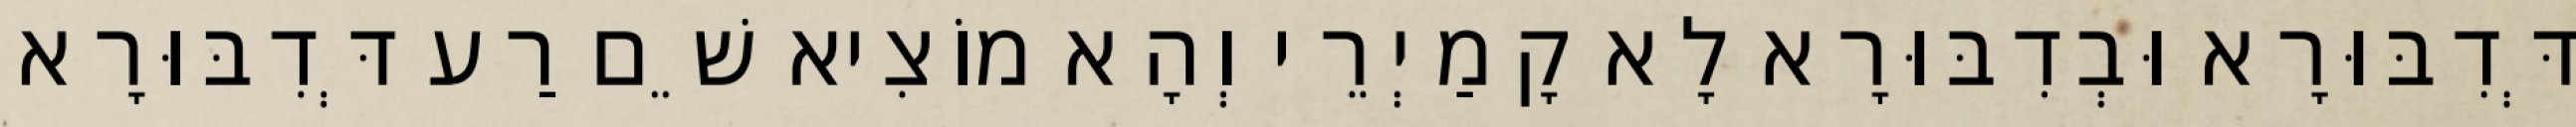
דְּדִבּוּרָא וּבְדִבּוּרָא לָא קָמַיְרֵי וְהָא מוֹצִיא שֵׁם רַע דְּדִבּוּרָא